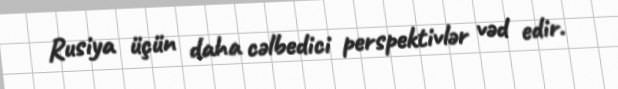
Rusiya üçün daha cəlbedici perspektivlər vəd edir.